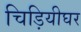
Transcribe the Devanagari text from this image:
चिड़ियीघर